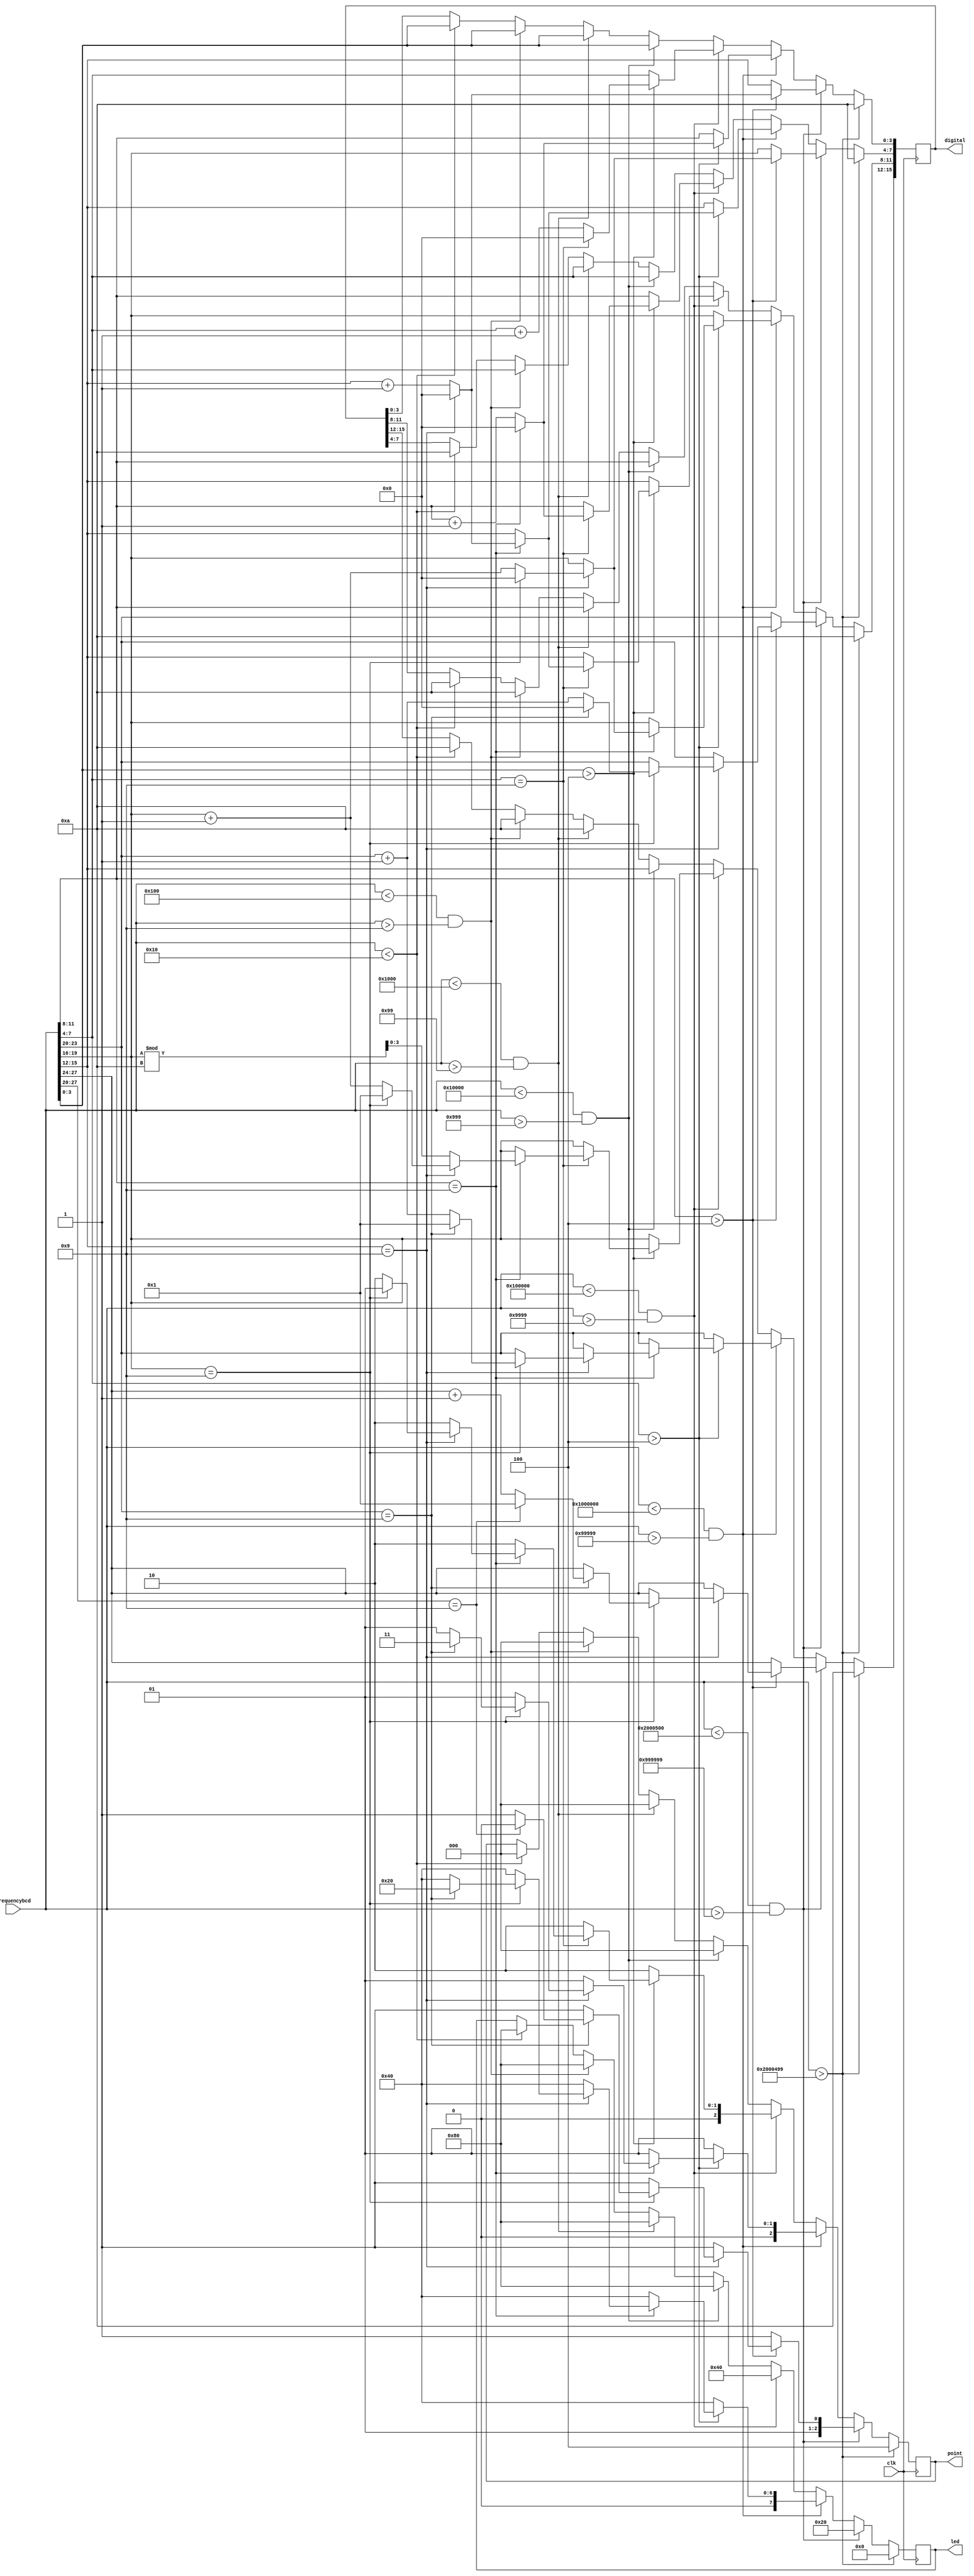
`timescale 1ns / 1ps
//////////////////////////////////////////////////////////////////////////////////
// Company: 
// Engineer: 
// 
// Design Name: 
// Module Name: frequencycalculate
// Project Name: 
// Target Devices: 
// Tool Versions: 
// Description: 
// 
// Dependencies: 
// 
// Revision:
// Revision 0.01 - File Created
// Additional Comments:
// 
//////////////////////////////////////////////////////////////////////////////////


module frequencycalculate(
    input [27:0] frequencybcd,
    input clk,
    (* KEEP = "TRUE" *)output reg [2:0] point,
    (* KEEP = "TRUE" *)output reg [15:0] digital,
    (* KEEP = "TRUE" *)output reg [7:0] led
    );
    always@(posedge clk)
    begin
        if(frequencybcd<8'h10)//
        begin  
            point <= 0;
            digital[15:12] <= 10;
            digital[11:8] <= 10;
            digital[7:4] <= 10;
            digital[3:0] <= frequencybcd[3:0];
            led <= 8'b1000_0000;
        end
        else;
        if(frequencybcd<12'h100&&frequencybcd>4'h9)//
        begin
            point <= 0;
            digital[15:12] <= 10;
            digital[11:8] <= 10;
            digital[7:4] <= frequencybcd[7:4];
            digital[3:0] <= frequencybcd[3:0];
            led <= 8'b1000_0000;
        end
        else;
    if(frequencybcd<16'h1000&&frequencybcd>8'h99)//
    begin
        point <= 0;
        digital[15:12] <= 10;
        digital[11:8] <= frequencybcd[11:8];
        digital[7:4] <= frequencybcd[7:4];
        digital[3:0] <= frequencybcd[3:0];
        led <= 8'b1000_0000;
    end
    else;
    if(frequencybcd<20'h10000&&frequencybcd>12'h999)//
    begin
        point <= 0;
        digital[15:12] <= frequencybcd[15:12];
        digital[11:8] <= frequencybcd[11:8];
        digital[7:4] <= frequencybcd[7:4];
        digital[3:0] <= frequencybcd[3:0];
        led <= 8'b1000_0000;
    end
    else;
    if(frequencybcd<24'h100000&&frequencybcd>16'h9999)//
    begin
        if(frequencybcd[3:0]>4)
        begin
            if(frequencybcd[7:4]==9)
            begin
                if(frequencybcd[11:8]==9)
                begin
                    if(frequencybcd[15:12]==9)
                    begin
                        if(frequencybcd[19:16]==9)
                        begin
                            point <= 1;
                            digital[15:12] <= 1;
                            digital[11:0] <= 0;
                        end
                        else
                        begin
                            point <= 2;
                            digital[15:12] <= frequencybcd[19:16]+1;
                            digital[11:0] <= 0;
                        end
                    end
                    else
                    begin
                        point <= 2;
                        digital[15:12] <= frequencybcd[19:16]%10;
                        digital[11:8] <= frequencybcd[15:12]+1;
                        digital[7:0] <= 0;
                    end
                end
                else
                begin
                    point <= 2;
                    digital[15:12] <= frequencybcd[19:16];
                    digital[11:8] <= frequencybcd[15:12];
                    digital[7:4] <= frequencybcd[11:8]+1;
                    digital[3:0] <= 0;
                end
            end
            else
            begin
                point <= 2;
                digital[15:12] <= frequencybcd[19:16];
                digital[11:8] <= frequencybcd[15:12];
                digital[7:4] <= frequencybcd[11:8];
                digital[3:0] <= frequencybcd[7:4]+1;                            
            end
        end
        else
        begin
            point <= 2;
            digital[15:12] <= frequencybcd[19:16];
            digital[11:8] <= frequencybcd[15:12];
            digital[7:4] <= frequencybcd[11:8];
            digital[3:0] <= frequencybcd[7:4];                        
        end
        led <= 8'b0100_0000;
    end
    else;
    if(frequencybcd<28'h1000000&&frequencybcd>20'h99999)//
    begin
        if(frequencybcd[7:4]>4)
        begin
            if(frequencybcd[11:8]==9)
            begin
                if(frequencybcd[15:12]==9)
                begin
                    if(frequencybcd[19:16]==9)
                    begin
                        if(frequencybcd[23:20]==9)
                        begin
                            point <= 3;
                            digital[15:12] <= 1;
                            digital[11:0] <= 0;
                            led <= 8'b0010_0000;
                        end
                        else
                        begin
                            point <= 1;
                            digital[15:12] <= frequencybcd[23:20]+1;
                            digital[11:0] <= 0;
                            led <= 8'b0100_0000; 
                        end
                    end
                    else
                    begin
                        point <= 1;
                        digital[15:12] <= frequencybcd[23:20];
                        digital[11:8] <= frequencybcd[19:16]+1;
                        digital[7:0] <= 0;
                        led <= 8'b0100_0000; 
                    end
                end
                else
                begin
                    point <= 1;
                    digital[15:12] <= frequencybcd[23:20];
                    digital[11:8] <= frequencybcd[19:16];
                    digital[7:4] <= frequencybcd[15:12]+1;
                    digital[3:0] <= 0;
                    led <= 8'b0100_0000; 
                end
            end
            else
            begin
                point <= 1;
                digital[15:12] <= frequencybcd[23:20];
                digital[11:8] <= frequencybcd[19:16];
                digital[7:4] <= frequencybcd[15:12];
                digital[3:0] <= frequencybcd[11:8]+1;
                led <= 8'b0100_0000;                             
            end
        end
        else
        begin
            point <= 1;
            digital[15:12] <= frequencybcd[23:20];
            digital[11:8] <= frequencybcd[19:16];
            digital[7:4] <= frequencybcd[15:12];
            digital[3:0] <= frequencybcd[11:8];
            led <= 8'b0100_0000;                        
        end                        
    end
    else;
    if(frequencybcd<28'h2000500&&frequencybcd>24'h999999)//
    begin
        if(frequencybcd[11:8]>4)
        begin
            if(frequencybcd[15:12]==9)
            begin
                if(frequencybcd[19:16]==9)
                begin
                    if(frequencybcd[23:20]==9)
                    begin
                        if(frequencybcd[27:20]==9)
                        begin
                            point <= 2;
                            digital[15:12] <= 1;
                            digital[11:0] <= 0;
                        end
                        else
                        begin
                            point <= 3;
                            digital[15:12] <= frequencybcd[27:24]+1;
                            digital[11:0] <= 0;
                        end
                    end
                    else
                    begin
                        point <= 3;
                        digital[15:12] <= frequencybcd[27:24];
                        digital[11:8] <= frequencybcd[23:20]+1;
                        digital[7:0] <= 0;
                    end
                end
                else
                begin
                    point <= 3;
                    digital[15:12] <= frequencybcd[27:24];
                    digital[11:8] <= frequencybcd[23:20];
                    digital[7:4] <= frequencybcd[19:16]+1;
                    digital[3:0] <= 0; 
                end
            end
            else
            begin
                point <= 3;
                digital[15:12] <= frequencybcd[27:24];
                digital[11:8] <= frequencybcd[23:20];
                digital[7:4] <= frequencybcd[19:16];
                digital[3:0] <= frequencybcd[15:12]+1;                           
            end
        end
        else
        begin
            point <= 3;
            digital[15:12] <= frequencybcd[27:24];
            digital[11:8] <= frequencybcd[23:20];
            digital[7:4] <= frequencybcd[19:16];
            digital[3:0] <= frequencybcd[15:12];                      
        end
        led <= 8'b0010_0000;                        
    end
    else;                
    if(frequencybcd>28'h2000499)//
    begin
        point <= 4;
        digital[15:12] <= 10;
        digital[11:8] <= 10;
        digital[7:4] <= 10;
        digital[3:0] <= 10;
        led <= 8'b0000_0000;                        
    end
    else;
    end
endmodule